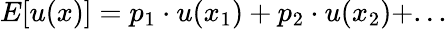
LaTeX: E[u(x)]=p_{1}\cdot u(x_{1})+p_{2}\cdot u(x_{2})+...